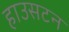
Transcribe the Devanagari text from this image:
हाउसटन